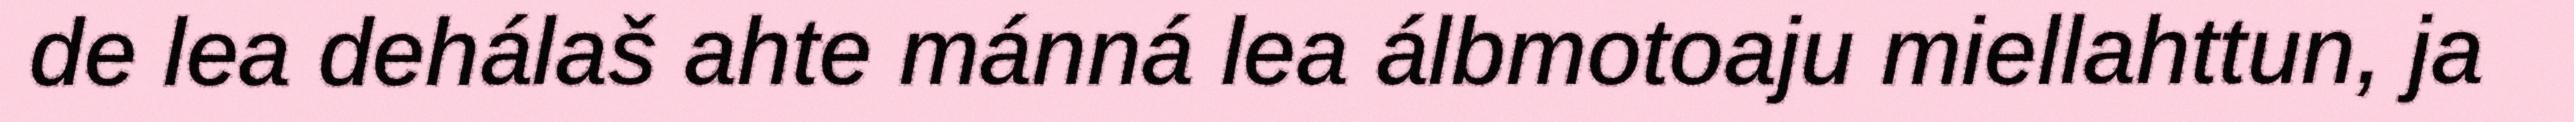
de lea dehálaš ahte mánná lea álbmotoaju miellahttun, ja